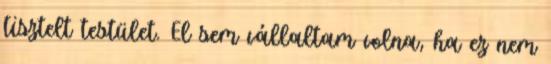
tisztelt testület. El sem vállaltam volna, ha ez nem